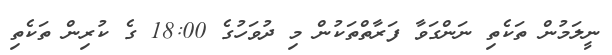
ނީލަމުން ތަކެތި ނަންގަވާ ފަރާތްތަކުން މި ދުވަހުގެ 18:00 ގެ ކުރިން ތަކެތި